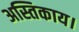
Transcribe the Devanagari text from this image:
अस्तिकाय।